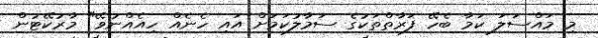
މި މައްސަލަ ކަމާ ބެހޭ ފަރާތްތަކުގެ ސަމާލުކަމަށް އައި ހެނެއް ހިއެއްނުވޭ" މާރުކޭޓުން